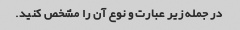
در جمله زیر عبارت و نوع آن را مشخص کنید.